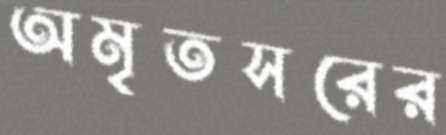
অমৃতসরের